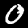
Label: 0